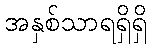
အနှစ်သာရရှိရှိ